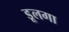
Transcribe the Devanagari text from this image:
डूलगा